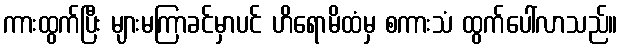
ကားထွက်ပြီး များမကြာခင်မှာပင် ဟိရောမိထံမှ စကားသံ ထွက်ပေါ်လာသည်။